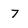
Character: 7